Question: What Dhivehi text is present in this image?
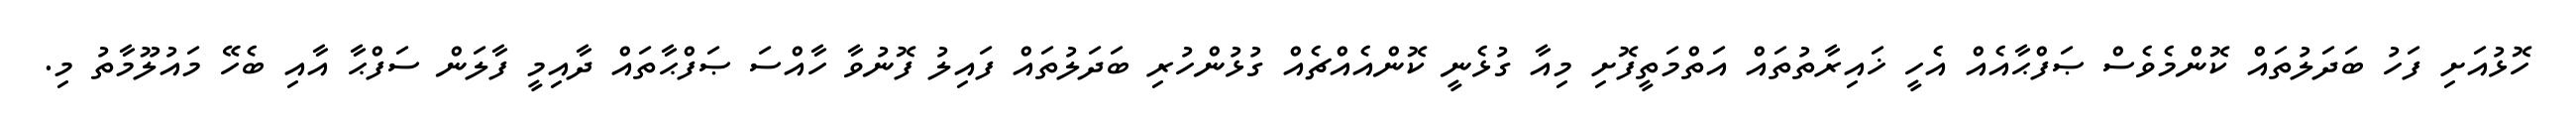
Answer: ހޮޅުއަށި ފަހު ބަދަލުތައް ކޮންމެވެސް ޞަފްޙާއެއް އެހީ ޚައިރާތުތައް އަތްމަތީފޮށި މިއާ ގުޅެނީ ކޮންއެއްޗެއް ގުޅުންހުރި ބަދަލުތައް ފައިލު ފޮނުވާ ހާއްސަ ޞަފްޙާތައް ދާއިމީ ފާލަން ސަފްޙާ އާއި ބެހޭ މައުލޫމާތު މި.